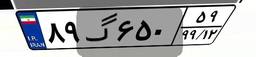
۸۹گ۶۵۰۵۹